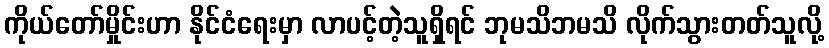
ကိုယ်တော်မှိုင်းဟာ နိုင်ငံရေးမှာ လာပင့်တဲ့သူရှိရင် ဘုမသိဘမသိ လိုက်သွားတတ်သူလို့